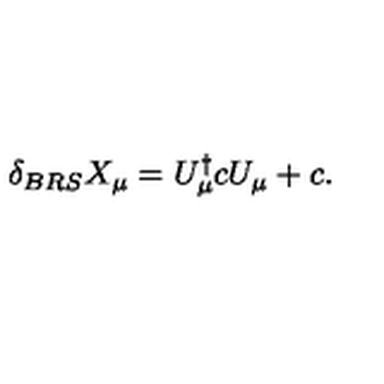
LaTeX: \delta _ { B R S } X _ { \mu } = U _ { \mu } ^ { \dagger } c U _ { \mu } + c .